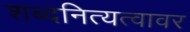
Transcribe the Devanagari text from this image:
शब्दनित्यत्वावर